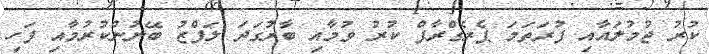
ކުރު ޖުމުލައާއި ފުރަތަމަ ޕެރެގްރާފް ކުރު ވުމާއި ބާރުގަދަ ލަފްޒު ބޭނުންކުރުމާއި ފަހި